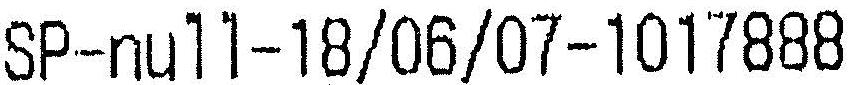
SP-NULL-18/06/07-1017888